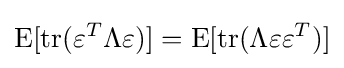
\operatorname {E} [\operatorname {tr} (\varepsilon ^{T}\Lambda \varepsilon )]=\operatorname {E} [\operatorname {tr} (\Lambda \varepsilon \varepsilon ^{T})]